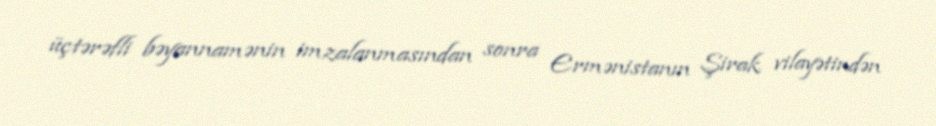
üçtərəfli bəyannamənin imzalanmasından sonra Ermənistanın Şirak vilayətindən